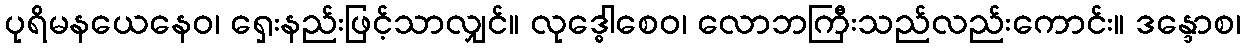
ပုရိမနယေနေဝ၊ ရှေးနည်းဖြင့်သာလျှင်။ လုဒ္ဓေါစေဝ၊ လောဘကြီးသည်လည်းကောင်း။ ဒန္ဒောစ၊